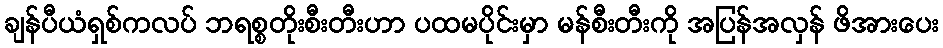
ချန်ပီယံရှစ်ကလပ် ဘရစ္စတိုးစီးတီးဟာ ပထမပိုင်းမှာ မန်စီးတီးကို အပြန်အလှန် ဖိအားပေး